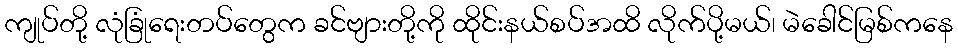
ကျုပ်တို့ လုံခြုံရေးတပ်တွေက ခင်ဗျားတို့ကို ထိုင်းနယ်စပ်အထိ လိုက်ပို့မယ်၊ မဲခေါင်မြစ်ကနေ